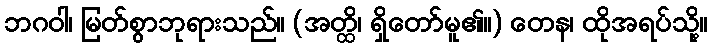
ဘဂဝါ၊ မြတ်စွာဘုရားသည်။ (အတ္ထိ၊ ရှိတော်မူ၏။) တေန၊ ထိုအရပ်သို့။